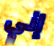
إني